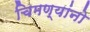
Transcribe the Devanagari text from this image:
चिमण्यांनो